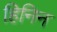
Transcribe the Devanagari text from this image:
हिनिन